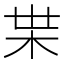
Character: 𭩠